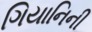
ગિયાનિની